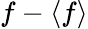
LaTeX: f-\langle f\rangle